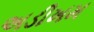
અડીખમ